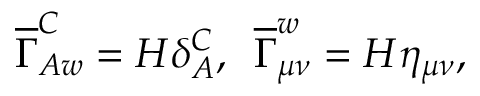
\overline { { { \Gamma } } } _ { A w } ^ { C } = { \cal H } \delta _ { A } ^ { C } , \, \, \, \overline { { { \Gamma } } } _ { \mu \nu } ^ { w } = { \cal H } \eta _ { \mu \nu } ,